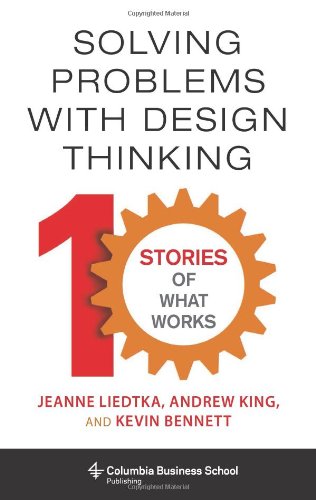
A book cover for Solving Problems with Design Thinking: Ten Stories of What Works (Columbia Business School Publishing); Jeanne Liedtka; Arts & Photography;